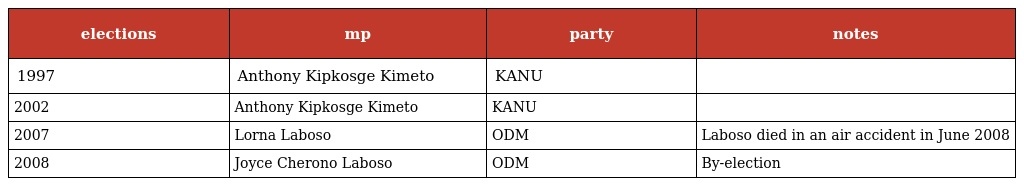
| elections | mp | party | notes |
 | --- | --- | --- | --- |
 | 1997 | Anthony Kipkosge Kimeto | KANU |  |
 | 2002 | Anthony Kipkosge Kimeto | KANU |  |
 | 2007 | Lorna Laboso | ODM | Laboso died in an air accident in June 2008 |
 | 2008 | Joyce Cherono Laboso | ODM | By-election |